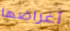
أغراضها